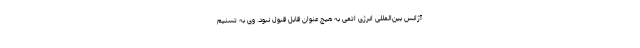
آژانس بین‌المللی انرژی اتمی به هیچ عنوان قابل قبول نبود. وی به تسنیم